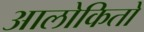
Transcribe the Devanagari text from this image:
आलोकितो